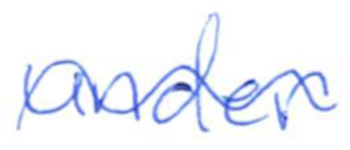
Text: under
Cross-out: wave
Writing tool: ballpoint